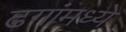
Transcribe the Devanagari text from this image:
ढगांमध्ये